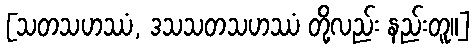
[သတသဟဿံ, ဒသသတသဟဿံ တို့လည်း နည်းတူ။]